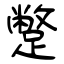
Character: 蹩